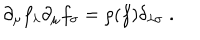
\partial _ { \mu } f _ { \lambda } \partial _ { \mu } f _ { \sigma } = \rho ( f ) \delta _ { \lambda \sigma } \; .